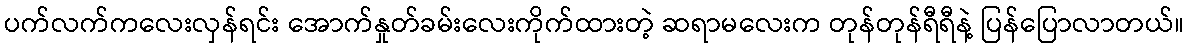
ပက်လက်ကလေးလှန်ရင်း အောက်နှုတ်ခမ်းလေးကိုက်ထားတဲ့ ဆရာမလေးက တုန်တုန်ရီရီနဲ့ ပြန်ပြောလာတယ်။